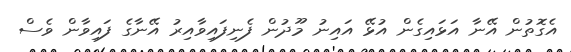
އެގޮތުން އޭނާ އަޅައިގެން އުޅޭ އައިނު މޫދުން ފެނިފައިވާއިރު އޭނާގެ ފައިވާން ވެސް